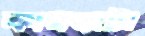
কাগজটা